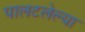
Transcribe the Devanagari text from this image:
पालटलेल्या